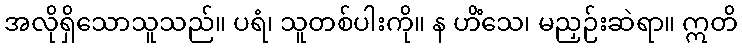
အလိုရှိသောသူသည်။ ပရံ၊ သူတစ်ပါးကို။ န ဟိံသေ၊ မညှဉ်းဆဲရာ။ ဣတိ